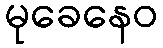
မုခေနေဝ